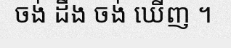
ចង់ ដឹង ចង់ ឃើញ ។